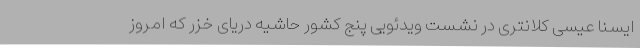
ایسنا عیسی کلانتری در نشست ویدئویی پنج کشور حاشیه دریای خزر که امروز